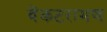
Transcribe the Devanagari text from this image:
वेंकटरामण